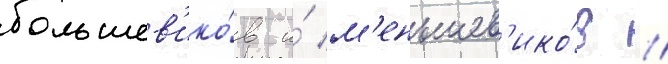
большев'ико́в и́ м'еньшев'ико́в //